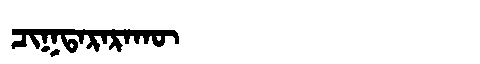
Manchu: ᠴᡳᡴᡨᠠᡵᠠᡵᠠᡴᡡ
Romanization: CIKTARARAKŪ